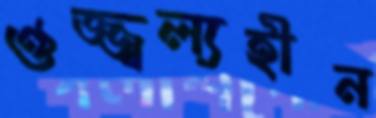
ঔজ্জ্বল্যহীন